Report of the Hyderabad Chloroform Commission
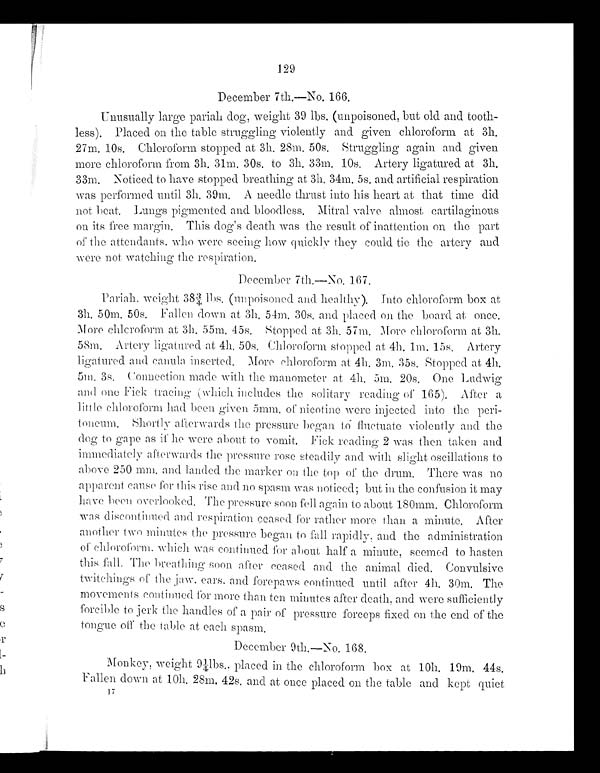
129
December 7th.-No. 166.
Unusually large pariah dog, weight 39 lbs. (unpoisoned, but old and tooth
- l e s s ) . P l a c e d o n t h e t a b l e s t r u g g l i n g v i o l e n t l y a n d g i v e n c h l o r o f o r m a t 3 h .
2 7 m . 1 0 s . C h l o r o f o r m s t o p p e d a t 3 h . 2 8 m . 5 0 s . S t r u g g l i n g a g a i n a n d g i v e n
more chloroform from 3h. 31m. 30s. to 3h. 33m. 10s. Artery ligatured at 3h.
33m. Noticed to have stopped breathing at 3h. 34m. 5s. and artificial respiration
was performed until 3h. 39m. A needle thrust into his heart at that time did
not beat. Lungs pigmented and bloodless. Mitral valve almost cartilaginous
on its free margin. This dog's death was the result of inattention on the part
of the attendants. who were seeing how quickly they could tie the artery and
were not watching the respiration,
December 7th.—No, 167.
P a r i a h . we i g h t 3 8 3 / 4 l b s . ( u n p o i s o n e d a n d . h e a l t h y ) . I n t o c h l o r o f o r m b o x a t
3h. 50m. 50s. Fallen down at 3h. 54m. 30s. and placed on the board at once.
Mor e chl cr of or m at 3h. 55m. 45s . St opped at 3h. 57m. Mor e chl or of or m at 3h.
58m. Artery ligatured at 4h. 50s. Chloroform stopped at 4h. 1m. 15s. Artery
ligatured and canula inserted. More chloroform at 4h. 3m, 35s. Stopped at 4h.
5 m . 3 s . C o n n e c t i o n m a d e w i t h t h e m a n o m e t e r a t 4 h . 5 m . 2 0 s . O n e L u d w i g
and one Fick tracing (which includes the solitary reading of 165). After a
little chloroform had been given 5mm. of nicotine were injected into the peri-
toneum. Shortly afterwards the pressure began to fluctuate violently and the
dog to gape as if he were about to vomit. Fick reading 2 was then taken and
immediately afterwards the pressure rose steadily and with slight oscillations to
above 250 mm. and landed the marker on the top of the drum. There was no
apparent cause for this rise and no spasm was noticed; but in the confusion it may
have been overlooked. The pressure soon fell again to about 180mm. Chloroform
was discontinued and respiration ceased for rather more than a minute. After
another two minutes the pressure began to fall rapidly, and the administration
of chloroform. which was continued for about half a minute, seemed to hasten
this fall. The breathing soon after ceased and the animal died. Convulsive
twitchings of the jaw. ears. and forepaws continued until after 4h. 30m. The
movements continued for more than ten minutes after death, and were sufficiently
forcible to jerk the handles of a pair of pressure forceps fixed on the end of the
tongue off the table at each spasm.
December 9th,—No. 168.
Monkey, weight 91/4lbs., placed in the chloroform box at 10h. 19m. 44s.
Fallen down at 10h. 28m. 42s. and at once placed on the table and. kept quiet